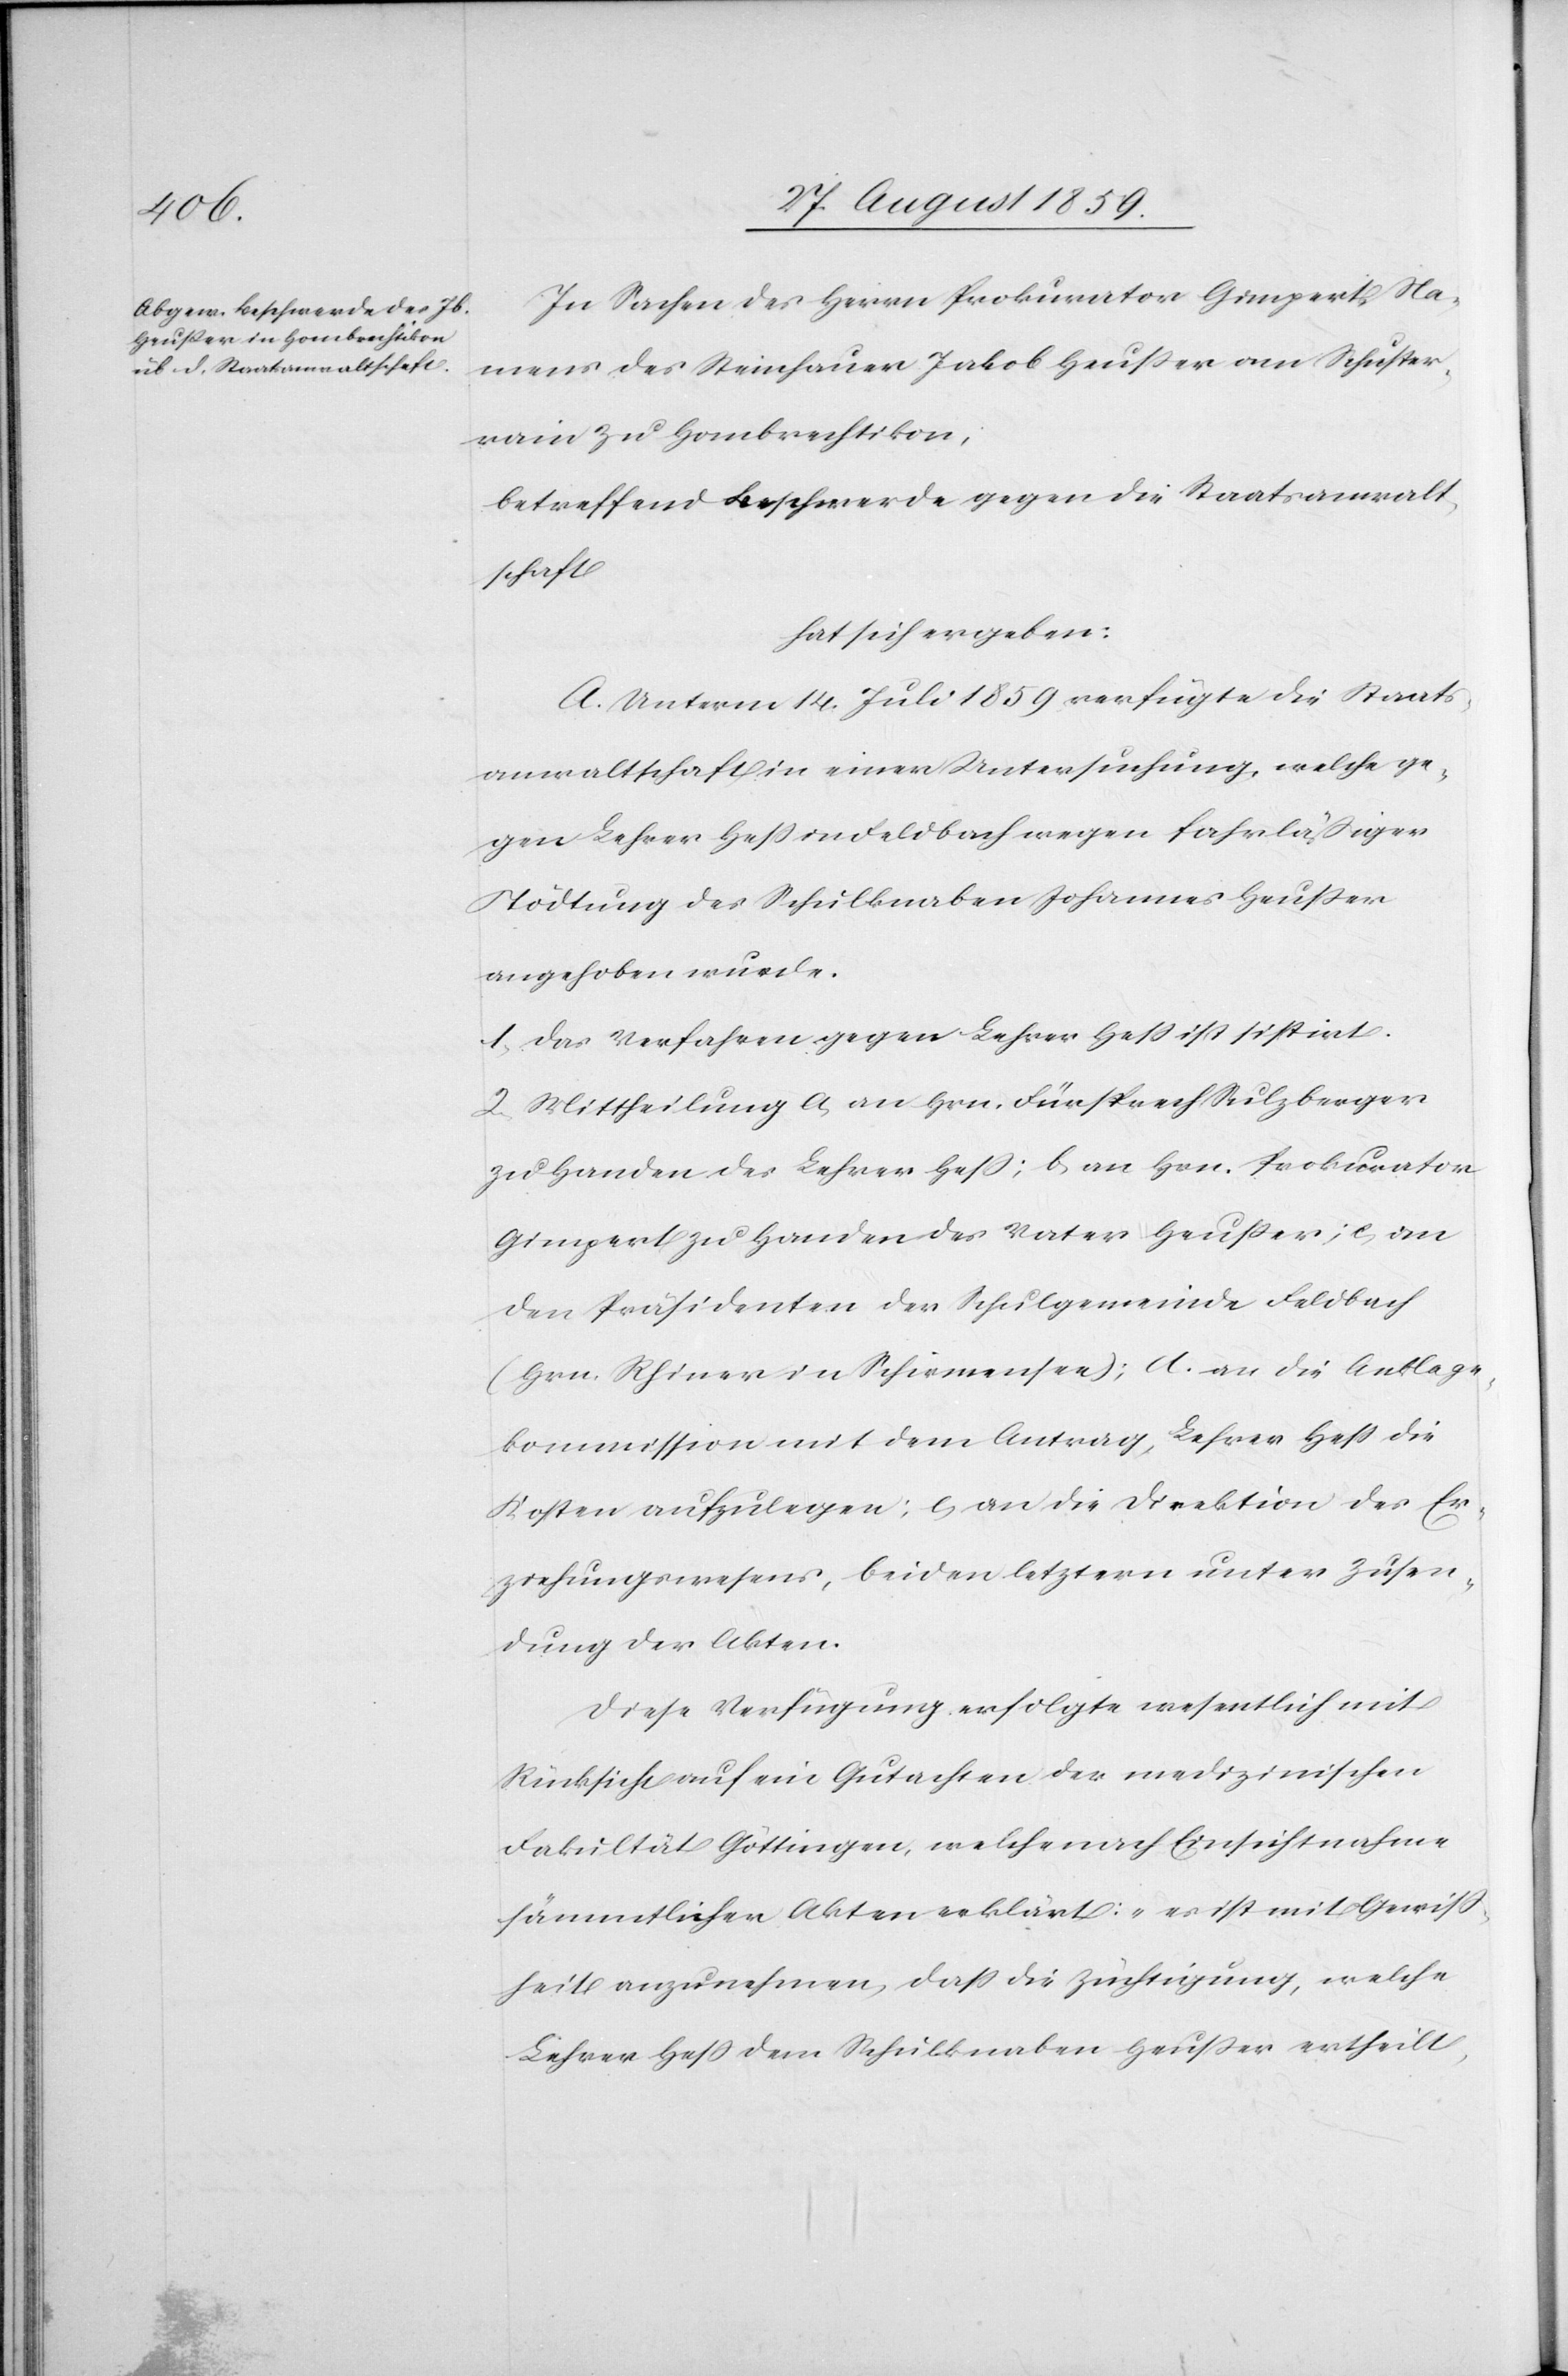
In Sachen des Herrn Prokurator Gimpert Na¬
mens des Steinhauer Jakob Heußer von Schuster¬
rain zu Hombrechtikon;
betreffend Beschwerde gegen die Staatsanwalt¬
schaft
hat sich ergeben:
A. Unterm 14. Juli 1859 verfügte die Staats¬
anwaltschaft in einer Untersuchung, welche ge¬
gen Lehrer Heß in Feldbach wegen fahrläßiger
Tödtung des Schulknaben Johannes Heußer
angehoben wurde.
1. Das Verfahren gegen Lehrer Heß ist sistirt.
2. Mittheilung a) an Hrn. Fürsprech Sulzberger
zu Handen des Lehrer Heß; b) an Hrn. Prokurator
Gimpert zu Handen des Vater Heußer; c) an
den Präsidenten der Schulgemeinde Feldbach
(Hrn. Rhiner in Schirmensee); d) an die Anklage¬
kommission mit dem Antrag, Lehrer Heß die
Kosten aufzulegen; e) an die Direktion des Er¬
ziehungswesens, beiden letztern unter Zusen¬
dung der Akten.
Diese Verfügung erfolgte wesentlich mit
Rücksicht auf ein Gutachten der medizinischen
Fakultät Göttingen, welche nach Einsichtnahme
sämmtlicher Akten erklärt: „es ist mit Gewiß¬
heit anzunehmen, daß die Züchtigung, welche
Lehrer Heß dem Schulknaben Heußer ertheilt,